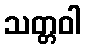
သတ္တဝါ